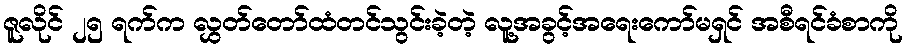
ဇူလိုင် ၂၅ ရက်က လွှတ်တော်ထံတင်သွင်းခဲ့တဲ့ လူ့အခွင့်အရေးကော်မရှင် အစီရင်ခံစာကို